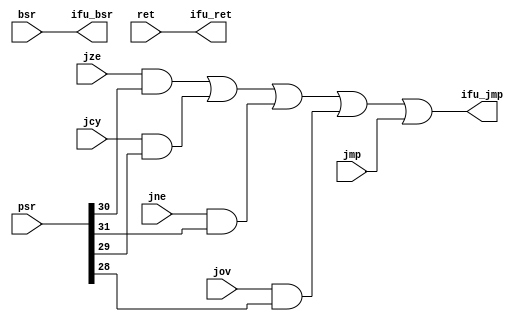
module uc_ifu(
	jze,
	jne,
	jcy,
	jov,
	jmp,
	bsr,
	ret,
	psr,
	ifu_jmp,
	ifu_bsr,
	ifu_ret
);


input wire	jze;
input wire	jne;
input wire	jcy;
input wire	jov;
input wire	jmp;
input wire	bsr;
input wire	ret;
input wire	[31:0] psr;
output wire	ifu_jmp;
output wire	ifu_bsr;
output wire	ifu_ret;

wire	SYNTHESIZED_WIRE_0;
wire	SYNTHESIZED_WIRE_1;
wire	SYNTHESIZED_WIRE_2;
wire	SYNTHESIZED_WIRE_3;
wire	SYNTHESIZED_WIRE_4;

assign	SYNTHESIZED_WIRE_4 = 0;



assign	SYNTHESIZED_WIRE_0 = jze & psr[30];


assign	SYNTHESIZED_WIRE_2 = jne & psr[31];

assign	SYNTHESIZED_WIRE_1 = jcy & psr[29];

assign	SYNTHESIZED_WIRE_3 = jov & psr[28];

assign	ifu_bsr = bsr;


assign	ifu_jmp = SYNTHESIZED_WIRE_0 | SYNTHESIZED_WIRE_1 | SYNTHESIZED_WIRE_2 | SYNTHESIZED_WIRE_3 | jmp | SYNTHESIZED_WIRE_4;

assign	ifu_ret = ret;



endmodule